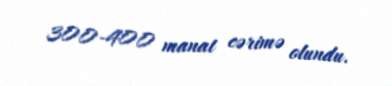
300-400 manat cərimə olundu.